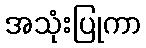
အသုံးပြုကာ